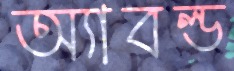
অ্যাবল্ড